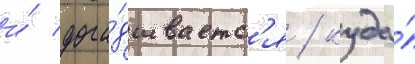
и́ дога́дываетс'я / куда́